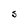
Character: S